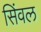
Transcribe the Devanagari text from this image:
सिंवल